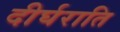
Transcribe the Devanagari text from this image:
दीर्घराति